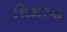
શિકારના